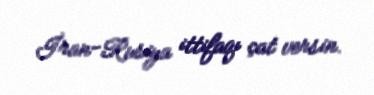
İran-Rusiya ittifaqı çat versin.